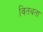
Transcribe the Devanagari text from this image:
वितथता